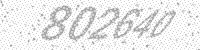
Solution: 802640